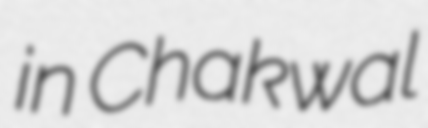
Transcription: in Chakwal